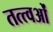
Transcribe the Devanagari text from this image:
तत्त्वओं